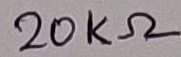
Text: 20KΩ